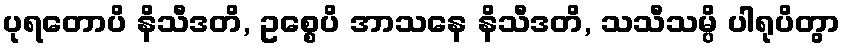
ပုရတောပိ နိသီဒတိ, ဥစ္စေပိ အာသနေ နိသီဒတိ, သသီသမ္ပိ ပါရုပိတွာ